Lunatic asylums Punjab 1868-1880 - 1868-1880
Year: 1868
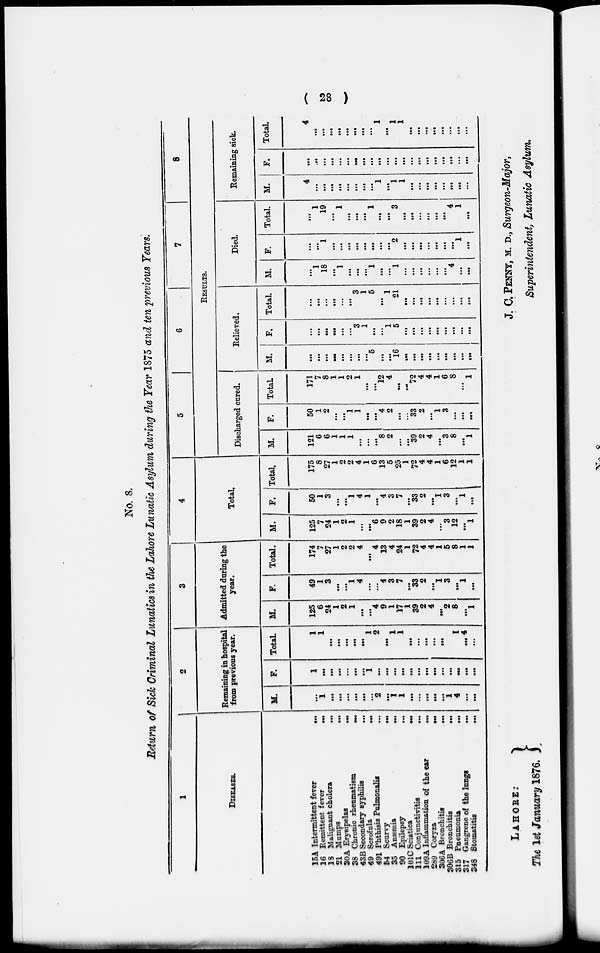
( 28 )
No. 8.
Return of Sick Criminal Lunatics in (he Lahore Lunatic Asylum during the Year 1875 and ten previous Years.
1
DISEASES.
15A Intermitted
fever
...
16 Remittent fever
...
18 Malignant cholera
...
21 Mumps
...
30A Erysipelas
...
38 Chronic rhumatism
...
43B Secondary syphilis ...
49 Scrofula
...
491 Phthisis Pohmonalis
54 Scurvy
...
35 Anæmia
...
90 Epilepsy ...
101C Sciatica
...
111 Conjunctivitis
...
109A Inflammation of the ear ...
289 Coryza
...
306A Bronchitis
...
306B Bronchitis
...
815 Pneumonia
...
317 Gangrene of
the
lungs
...
348 Stomatitis ...
2
Remaining in hospital
from previous year.
M.
...
1
...
...
...
...
...
...
2
...
1
1
...
...
...
...
...
1
4
...
...
F.
1
...
...
...
...
...
...
1
...
...
...
...
...
...
...
...
...
...
...
...
...
Total.
1
1
...
...
...
...
...
1
2
...
1
1
...
...
...
...
...
1
4
...
...
3
Admitted during the
year.
M.
125
6
24
1
2
1
...
...
4
9
1
17
1
39
2
4
...
2
8
...
1
F.
49
1
3
...
...
1
4
...
..
4
3
7
...
33
2
...
1
3
...
1
...
Total.
174
7
27
1
2
2
4
...
4
13
4
24
1
72
4
4
1
5
8
1 1
4
Total.
M.
125
7
24
1
2
1
...
...
6
9
2
18
1
39
2
4
...
3
12
...
1
F.
50
1
3
...
...
1
4
1
...
4
3
7
...
33
2
...
1
3
...
1
...
Total.
175
8
27
1
2
2
4
1
6
13
5
25
1
72
4
4
1
6
12
1
1
5
6
7
8
RESULTS.
Discharged cured.
M.
121
6
6
1
1
1
...
...
...
8
2
...
...
39
2
4
...
3
8
...
1
F.
50
1
2
...
...
1
1
...
...
4
2
...
...
33
2
...
1
3
...
...
...
Total.
171
7
8
1
1
2
1
...
...
12
4
...
...
72
4
4
1
6
8
...
1
Relieved.
M.
...
...
...
...
...
...
...
...
5
...
...
16
...
...
...
...
...
...
...
...
...
F.
...
...
...
...
...
...
3
1
...
...
1
5
...
...
...
...
...
...
...
...
...
Total.
...
...
...
...
...
...
3
1
5
...
1
21
...
...
...
...
...
...
...
...
...
Died.
M.
...
1
18
...
1
...
...
...
l
...
...
1
...
...
...
...
...
...
4
...
...
F.
...
...
1
...
...
...
...
...
...
...
...
2
...
...
...
...
...
...
...
1
...
Total.
...
1
19
...
1
...
...
...
1
...
...
3
...
...
...
...
...
...
4
1
...
Remaining sick.
M.
4
...
...
...
...
...
...
...
...
1
...
1
1
...
...
...
...
...
...
...
...
F.
...
...
...
...
...
...
...
...
...
...
...
...
...
...
...
...
...
...
...
...
...
Total.
4
...
...
...
...
...
...
...
...
1
...
1
1
...
...
...
...
...
...
...
...
LAHORE:
The 1st January 1876.
J. C. PENNY, M. D., Surgeon-Major,
Superintendent, Lunatic Asylum.